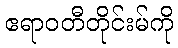
ဧရာဝတီတိုင်းမ်ကို